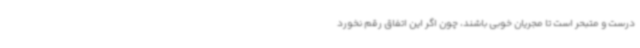
درست و متبحر است تا مجریان خوبی باشند، چون اگر این اتفاق رقم نخورد